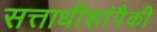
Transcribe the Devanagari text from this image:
सत्ताधीशांपैकी